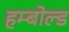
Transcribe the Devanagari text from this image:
हम्बोल्ड